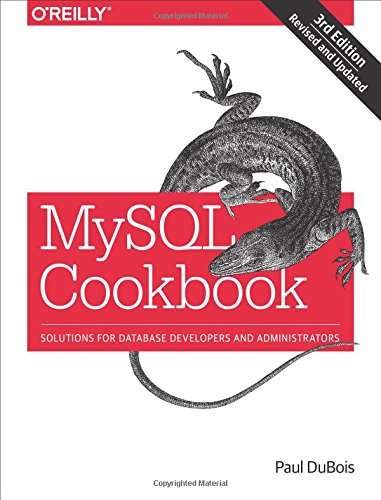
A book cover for MySQL Cookbook: Solutions for Database Developers and Administrators; Paul DuBois; Computers & Technology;